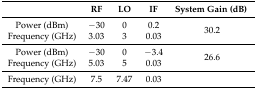
<table><thead><tr><td></td><td><b>RF</b></td><td><b>LO</b></td><td><b>IF</b></td><td><b>System Gain (dB)</b></td></tr></thead><tbody><tr><td>Power (dBm)</td><td>−30</td><td>0</td><td>0.2</td><td rowspan="2">30.2</td></tr><tr><td>Frequency (GHz)</td><td>3.03</td><td>3</td><td>0.03</td><td></td></tr><tr><td>Power (dBm)</td><td>−30</td><td>0</td><td>−3.4</td><td rowspan="2">26.6</td></tr><tr><td>Frequency (GHz)</td><td>5.03</td><td>5</td><td>0.03</td><td></td></tr><tr><td>Frequency (GHz)</td><td>7.5</td><td>7.47</td><td>0.03</td><td></td></tr></tbody></table>